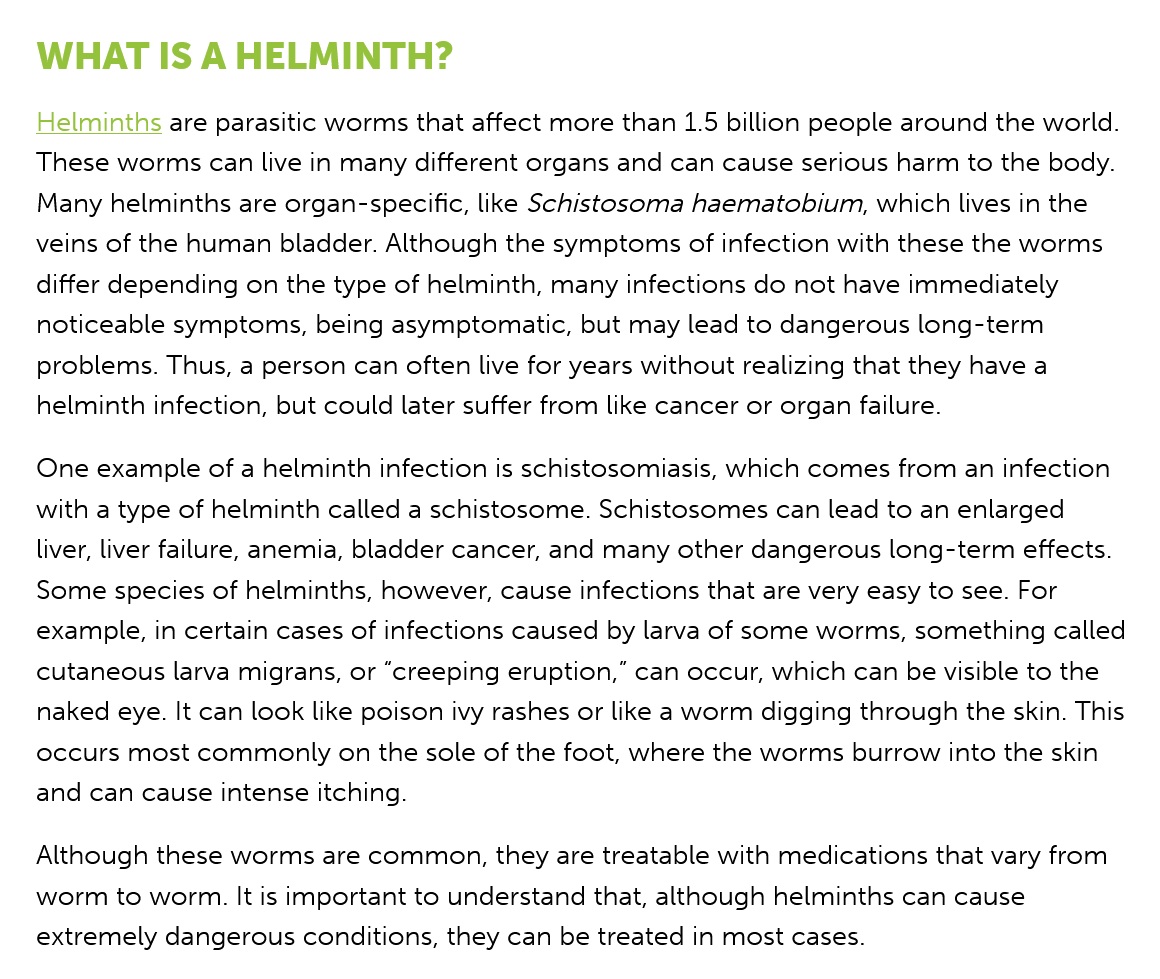
WHAT   IS   A  HELMINTH?
   Helminths are parasitic worms that affect more than 1.5 billion people around the world.
   These worms can live in many different organs and can cause serious harm to the body.
   Many  helminths are organ-specific, like Schistosoma haematobium, which lives in the
   veins of the human bladder. Although the symptoms of infection with these the worms
   differ depending on the type of helminth, many infections do not have immediately
   noticeable symptoms, being asymptomatic, but may lead to dangerous long-term
   problems. Thus, a person can often live for years without realizing that they have a
   helminth infection, but could later suffer from like cancer or organ failure.
   One  example of a helminth infection is schistosomiasis, which comes from an infection
   with a type of helminth called a schistosome. Schistosomes can lead to an enlarged
   liver, liver failure, anemia, bladder cancer, and many other dangerous long-term effects.
   Some species of helminths, however, cause infections that are very easy to see. For
   example, in certain cases of infections caused by larva of some worms, something called
   cutaneous larva migrans, or “creeping eruption,” can occur, which can be visible to the
   naked eye. It can look like poison ivy rashes or like a worm digging through the skin. This
   occurs most commonly  on the sole of the foot, where the worms burrow into the skin
   and can cause intense itching.
   Although these worms are common, they are treatable with medications that vary from
   worm  to worm. It is important to understand that, although helminths can cause
   extremely dangerous conditions, they can be treated in most cases.